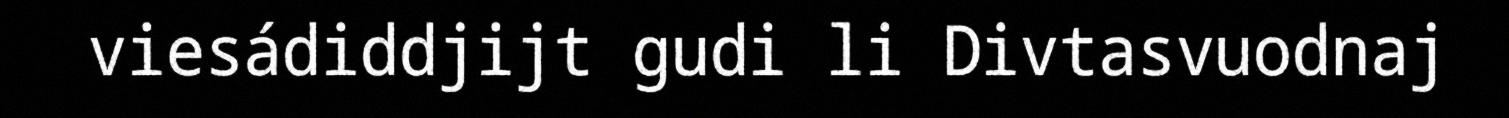
viesádiddjijt gudi li Divtasvuodnaj